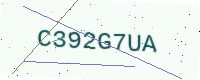
Text: C392G7UA